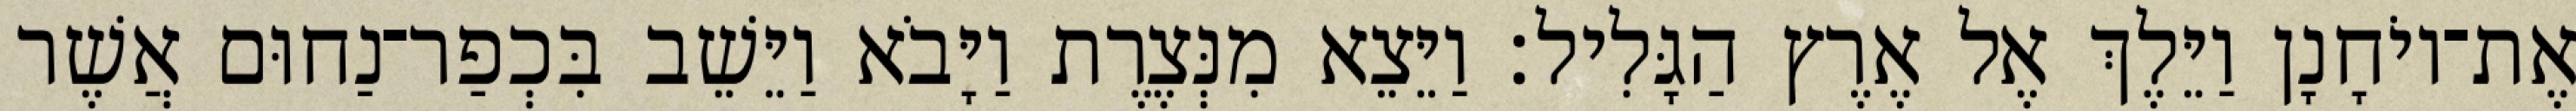
אֶת־יוֹחָנָן וַיֵּלֶךְ אֶל אֶרֶץ הַגָּלִיל׃ וַיֵּצֵא מִנְּצֶרֶת וַיָּבֹא וַיֵּשֵׁב בִּכְפַר־נַחוּם אֲשֶׁר